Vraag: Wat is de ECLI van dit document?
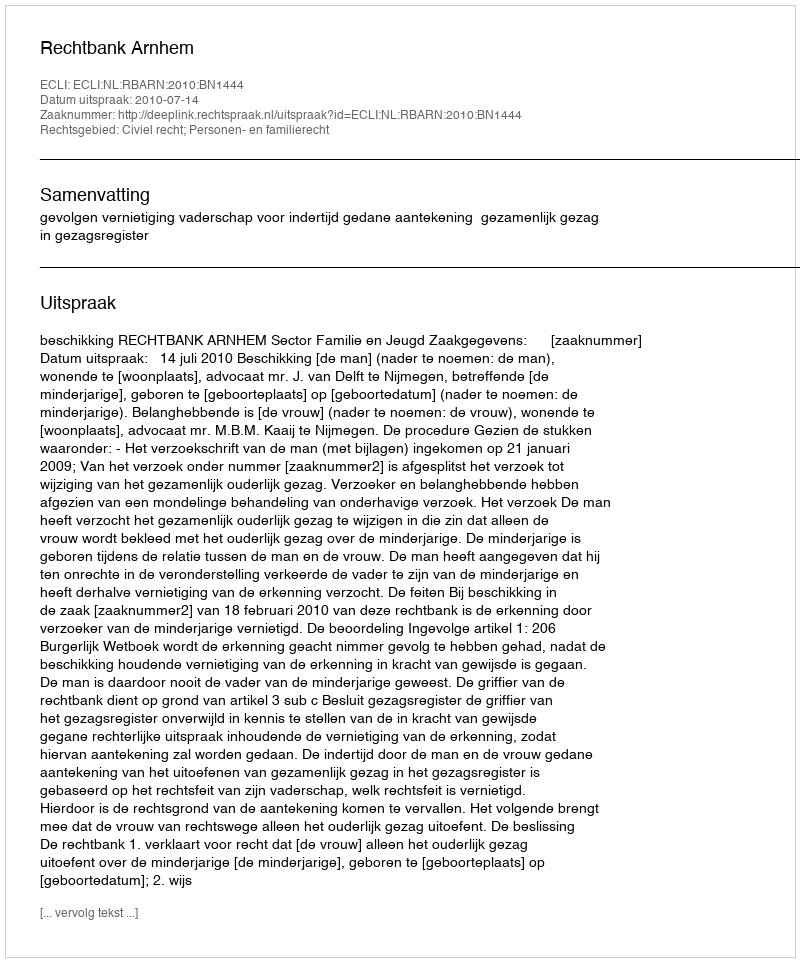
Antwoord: ECLI:NL:RBARN:2010:BN1444